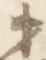
第